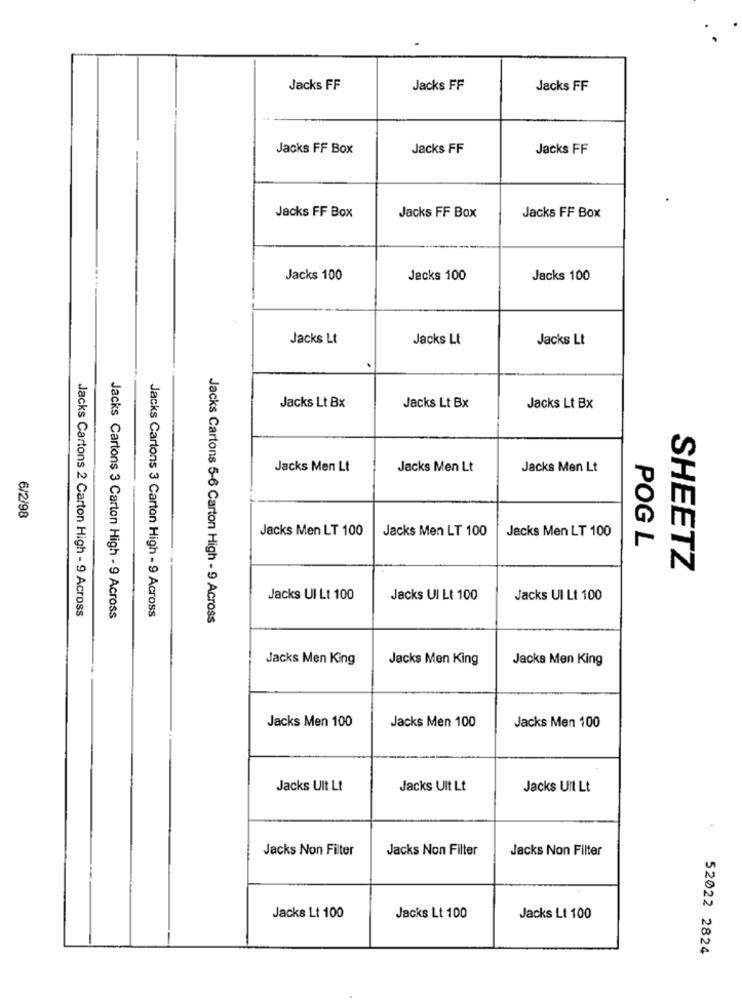
Jacks FF
Jacks FF
Jacks FF
Jacks FF Box
Jacks FF
Jacks FF
Jacks FF Box
Jacks FF Box
Jacks FF Box
Jacks 100
Jacks 100
Jacks 100
Jacks Lt
Jacks Lt
Jacks Lt
.
Jacks Lt Bx
Jacks Lt Bx
Jacks Lt Bx
Jacks Men Lt
Jacks Men Lt
Jacks Men Lt
6/2/98
Jacks Men LT 100
Jacks Men LT 100
Jacks Men LT 100
POG L
SHEETZ
Jacks Ul Lt 100
Jacks UI Lt 100
Jacks UI Lt 100
Jacks Cartons 2 Carton High - 9 Across
Jacks Cartons 3 Carton High - 9 Across
Jacks Cartons 3 Carton High - 9 Across
Jacks Cartons 5-6 Carton High - 9 Across
Jacks Men King
Jacks Men King
Jacks Men King
Jacks Men 100
Jacks Men 100
Jacks Men 100
Jacks Ult Lt
Jacks Ult Lt
Jacks Uit Lt
Jacks Non Filter
Jacks Non Filter
Jacks Non Filter
Jacks Lt 100
Jacks Lt 100
Jacks Lt 100
52022 2824